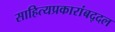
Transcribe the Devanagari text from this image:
साहित्यप्रकारांबद्दल